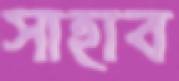
সাহাব